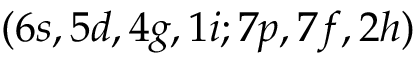
( 6 s , 5 d , 4 g , 1 i ; 7 p , 7 f , 2 h )